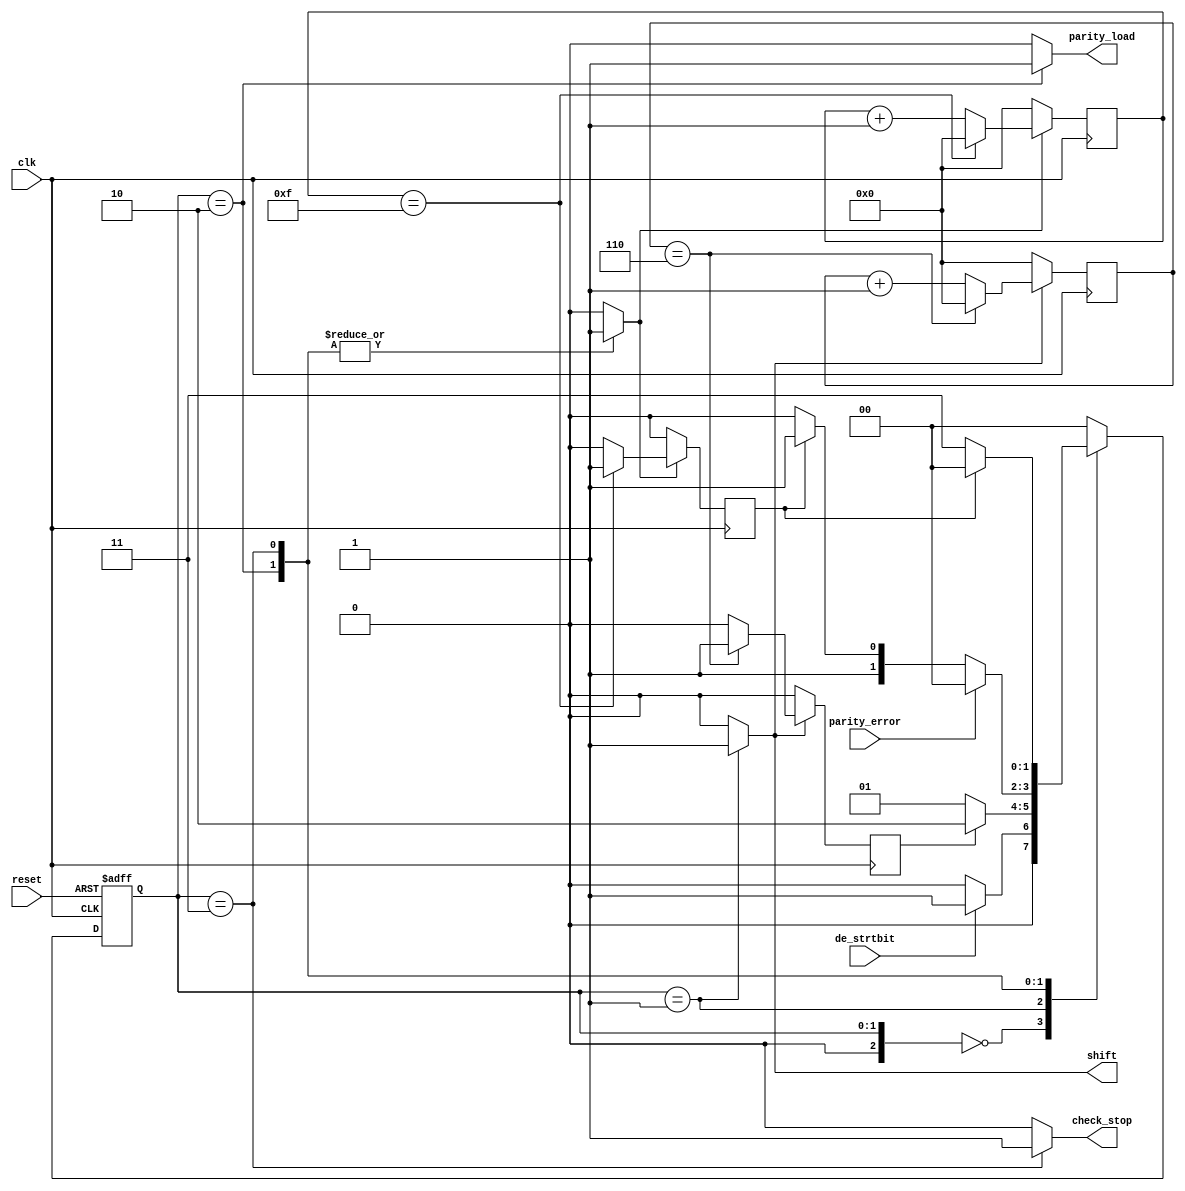
`timescale 1ns / 1ps
//////////////////////////////////////////////////////////////////////////////////
// Company: 
// Engineer: 
// 
// Design Name: 
// Module Name:    rx_fsm 
// Project Name: 
// Target Devices: 
// Tool versions: 
// Description: 
//
// Dependencies: 
//
// Revision: 
// Revision 0.01 - File Created
// Additional Comments: 
//
//////////////////////////////////////////////////////////////////////////////////

module rx_fsm(shift,parity_load,check_stop,clk,reset,de_strtbit,parity_error);
output reg shift,parity_load,check_stop;
input clk, reset,de_strtbit,parity_error;
reg [2:0]state=2'b00, next_state=2'b00;
reg flag1,flag2;
reg temp, temp1;
reg [3:0]x1=0;
reg [3:0]x2=0;
parameter IDLE=3'b000,
DATA_BIT=3'b001, 
PARITY_BIT=3'b010,
 STOP_BIT=3'b011;
always @(*)
begin
case(state)
IDLE: 
begin 
next_state=de_strtbit?DATA_BIT:IDLE;
shift=0;
parity_load=0;
check_stop=0;
temp=0;
temp1=0;
 end
DATA_BIT :
begin
 next_state=flag1?PARITY_BIT:DATA_BIT;
 shift=1;
parity_load=0;
check_stop=0;
 temp=1;
 temp1=0;
 end
PARITY_BIT:
 begin
 next_state=parity_error?IDLE:(flag2?STOP_BIT:PARITY_BIT) ;
shift=0;
parity_load=1;
check_stop=0;
temp=0;
temp1=1;
 end
STOP_BIT:
begin 
next_state=flag2?IDLE:STOP_BIT ;
shift=0;
parity_load=0;
check_stop=1;
temp=0;
temp1=1;
 end
default: 
begin next_state=IDLE;
 shift=0;
 parity_load=0;
 check_stop=0; 
 temp=0;temp1=0; 
 end
endcase
end
always@ (posedge clk,negedge reset)
begin
if(~reset)
state<=IDLE;
else
state<=next_state;
end
always@(posedge clk)
begin
if(temp)
begin
if(x1==4'd6)
begin
flag1=1;
x1=0;
end
else
begin
flag1=0; 
x1=x1+1;
end
end
else
begin
x1=0;
flag1=0;
end
end
always@(posedge clk)
begin
if(temp1)
begin
if(x2==4'd15)
begin
flag2=1;
x2=0;
end
else
begin
flag2=0;
x2=x2+1;
end
end
else
begin
x2=0;
flag2=0;
end
end
endmodule